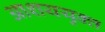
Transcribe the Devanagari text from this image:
आशययुक्‍त